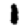
Digit: 1